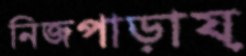
নিজপাড়ায়